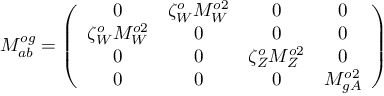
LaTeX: { \cal M } _ { a b } ^ { o g } = \left( \begin{array} { c c c c } { { 0 } } & { { \zeta _ { W } ^ { o } M _ { W } ^ { o 2 } } } & { { 0 } } & { { 0 } } \\ { { \zeta _ { W } ^ { o } M _ { W } ^ { o 2 } } } & { { 0 } } & { { 0 } } & { { 0 } } \\ { { 0 } } & { { 0 } } & { { \zeta _ { Z } ^ { o } M _ { Z } ^ { o 2 } } } & { { 0 } } \\ { { 0 } } & { { 0 } } & { { 0 } } & { { M _ { g A } ^ { o 2 } } } \end{array} \right)